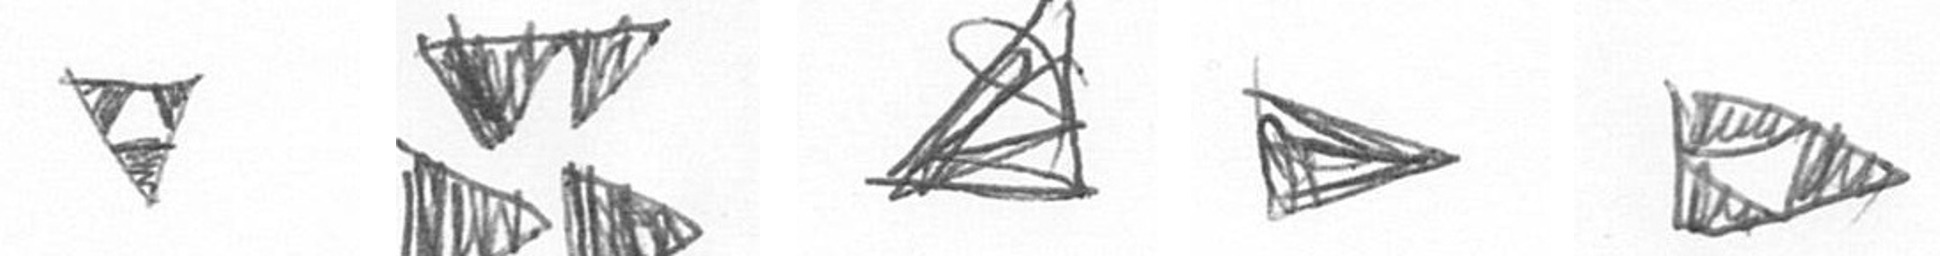
S B O T K